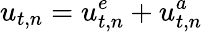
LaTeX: u_{t,n}=u_{t,n}^{e}+u_{t,n}^{a}